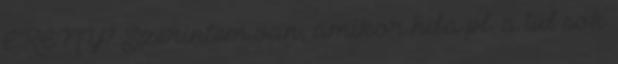
ERÉNY? Szerintem van, amikor hiba pl. a túl sok